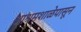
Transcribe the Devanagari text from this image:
आश्रमशाळेपासून